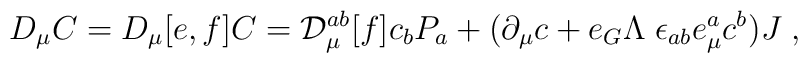
D_\mu C = D_\mu [e,f] C = {\cal D}^{ab}_\mu [f] c_b P_a +(\partial_\mu c + e_G \Lambda \; \epsilon_{ab} e_\mu^a c^b ) J\; ,